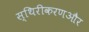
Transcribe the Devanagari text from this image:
स्थिरीकरणऔर